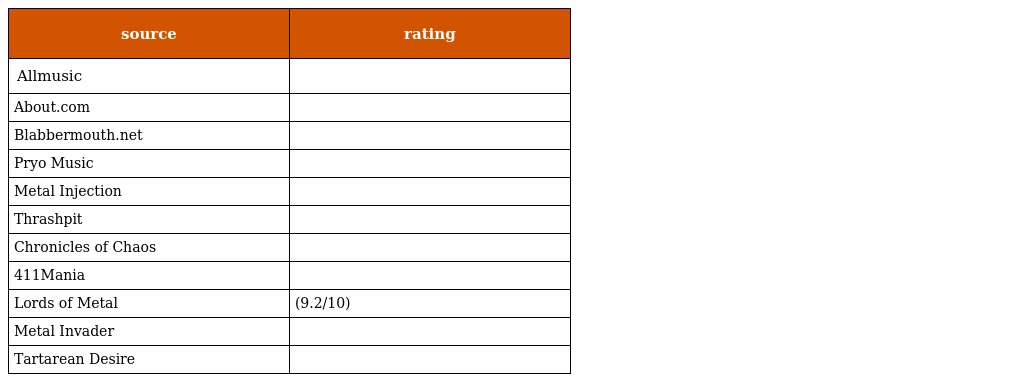
| source | rating |
 | --- | --- |
 | Allmusic |  |
 | About.com |  |
 | Blabbermouth.net |  |
 | Pryo Music |  |
 | Metal Injection |  |
 | Thrashpit |  |
 | Chronicles of Chaos |  |
 | 411Mania |  |
 | Lords of Metal | (9.2/10) |
 | Metal Invader |  |
 | Tartarean Desire |  |